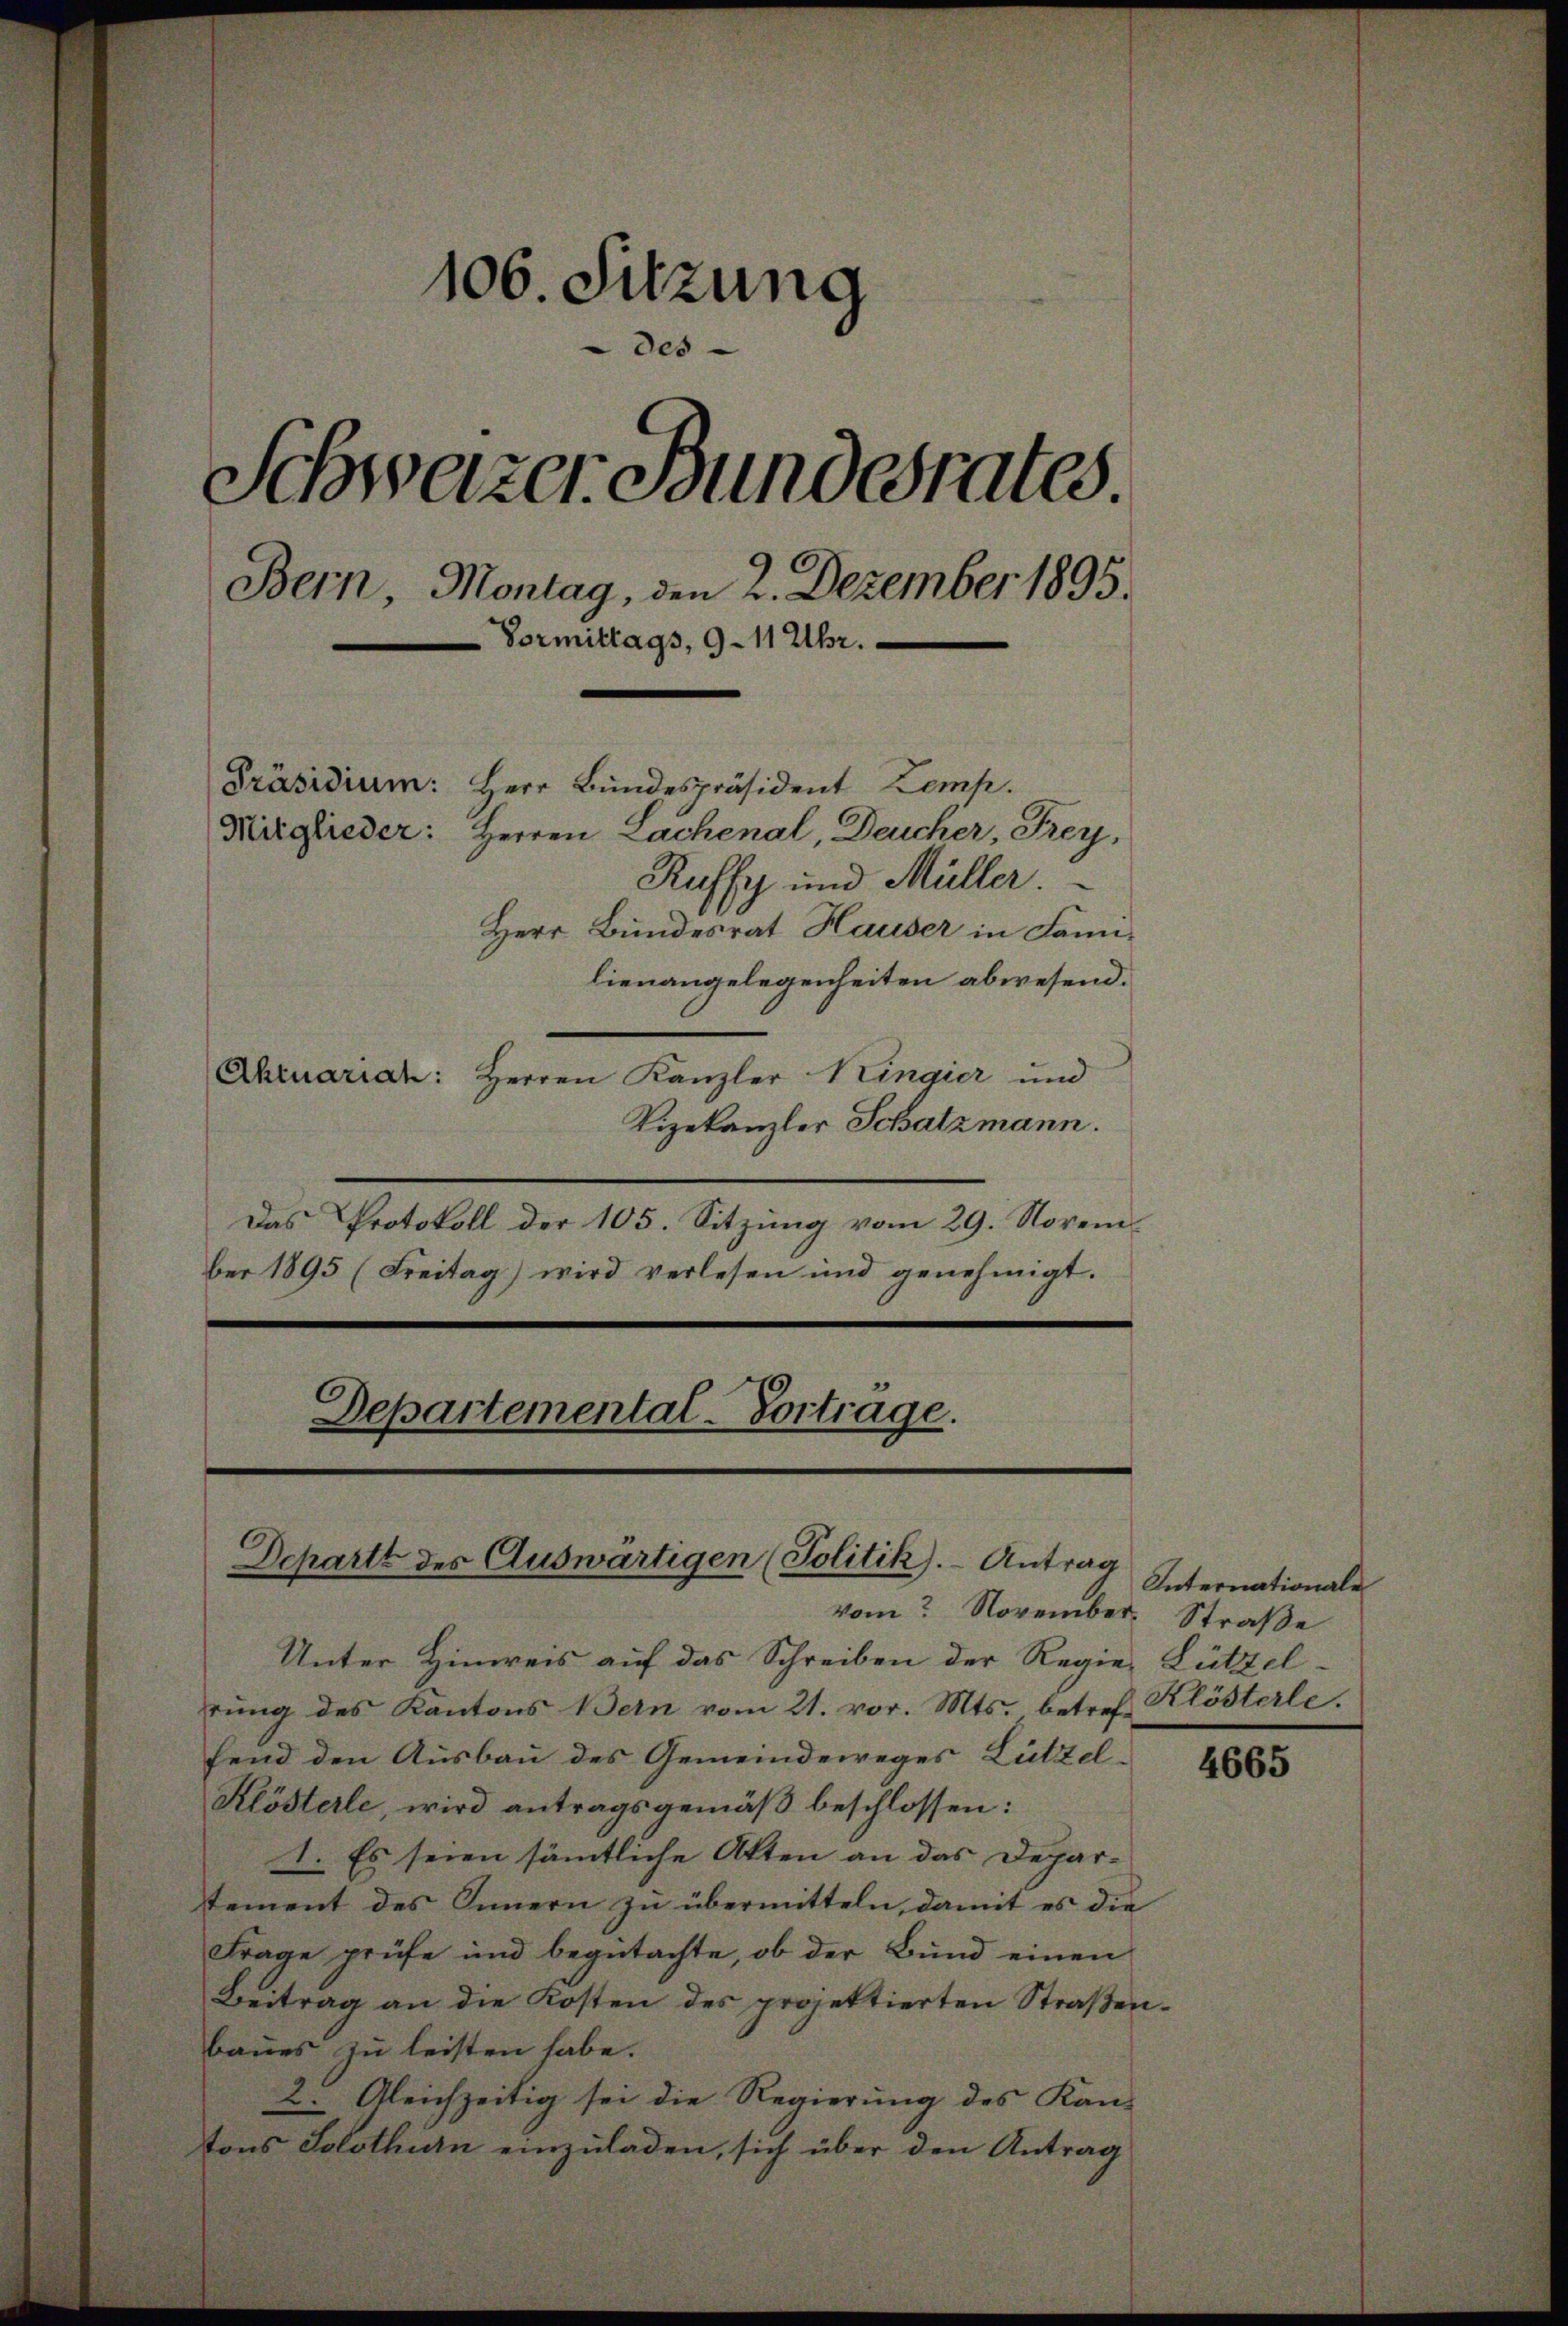
106. Sitzung
des
Schweizer Bundesrates.
Bern, Montag, den 2. Dezember 1895.
Vormittags, 9. 11 Uhr.
Präsidium: Herr Bundespräsident Kemp.
Mitglieder: Herren Lachenal, Deucher, Frey,
Ruffy und Müller.
Herr Bundesrat Hauser in Familienangelegenheiten abwesend.
Ahruariat: Herren Kanzler Kingier und

Vizekanzler Schatzmann.
Das Protokoll der 105. Sitzung vom 29. November 1895 (Freitag) wird verlesen und genehmigt.

Departemental-Vortrage.

Departt des Auswärtigen (Politik). - Antrag
vom November. Straße

Unter Hinweis auf das Schreiben der Regier Lützelrŭng des Kantons Bern vom 21. vor. Mts. betref Klösterle.
fend den Ausbau des Gemeindeweges Lützel-
Klösterle, wird antragsgemäß beschlossen:
1. Es seien sämmtliche Atten an das Depar-
tement des Innern zu übermitteln, damit es die
Frage prüfe und begutachte, ob der Bund einen
Beitrag an die Kosten des projektierten Straβen-
baues zu leisten habe.
2. Gleichzeitig sei die Regierung des Kan-
tons Solothurn einzuladen, sich über den Antrag

Internationale

4665